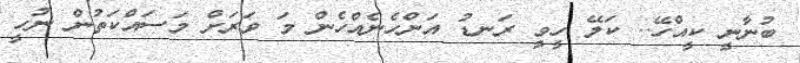
ބުނާނީީީ ކީއްހޭ.. ކަލޭ ހީވީ ރަނޑު އަންހެނެއްހެން މަ ވަރަށް މަސައްކަތުން ނުހީ